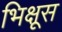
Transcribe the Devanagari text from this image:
भिक्षूस